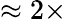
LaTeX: \approx 2\times